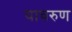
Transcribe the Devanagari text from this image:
यावरुण